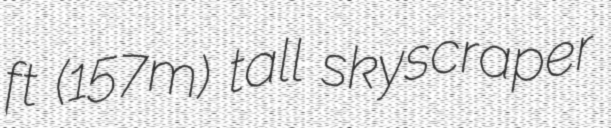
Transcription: ft (157m) tall skyscraper